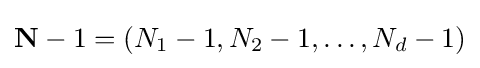
\mathbf {N} -1=(N_{1}-1,N_{2}-1,\dots ,N_{d}-1)